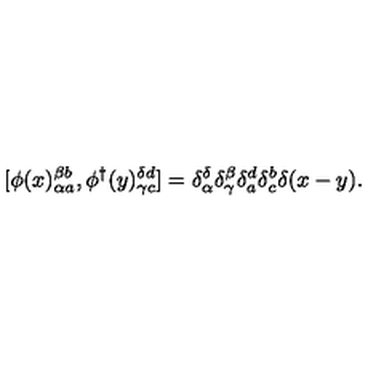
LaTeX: [ \phi ( x ) _ { \alpha a } ^ { \beta b } , \phi ^ { \dagger } ( y ) _ { \gamma c } ^ { \delta d } ] = \delta _ { \alpha } ^ { \delta } \delta _ { \gamma } ^ { \beta } \delta _ { a } ^ { d } \delta _ { c } ^ { b } \delta ( x - y ) .